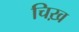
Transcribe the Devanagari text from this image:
चिख़